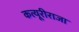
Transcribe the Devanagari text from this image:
कत्यूरीराजा